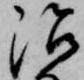
治